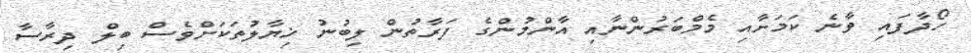
ހޯދާފައި ވާނެ ކަމަށާއި މެމްބަރުންނާއި އާންމުންގެ ފަރާތުން ލިބުނު ޚިޔާލުތަކަށްވެސް ބިލް ދިރާސާ